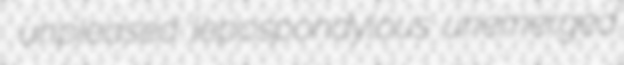
unpleased lepospondylous unemerged